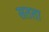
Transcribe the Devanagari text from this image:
सतता